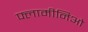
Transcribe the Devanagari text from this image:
फ्लामीनिओ